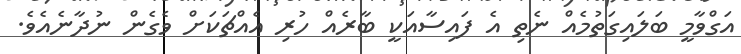
އަގްވާމީ ބަލައިގަތުމެއް ނެތި އެ ފައިސާއަކީ ބާރެއް ހުރި އެއްޗަކަށް ވެގެން ނުދާނެއެވެ.